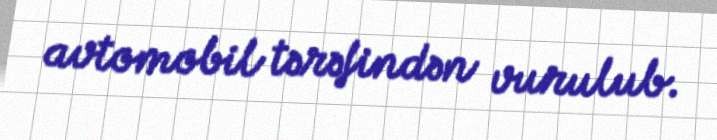
avtomobil tərəfindən vurulub.